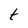
Character: t